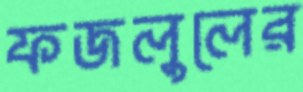
ফজলুলের